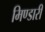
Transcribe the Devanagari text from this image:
मिण्डारी